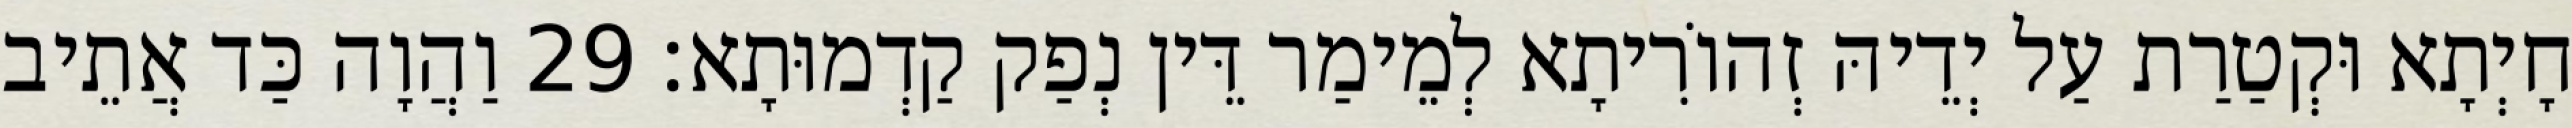
חָיְתָא וּקְטַרַת עַל יְדֵיהּ זְהוֹרִיתָא לְמֵימַר דֵּין נְפַק קַדְמוּתָא׃ 29 וַהֲוָה כַּד אֲתֵיב